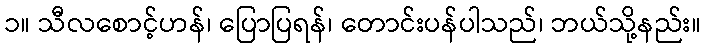
၁။ သီလစောင့်ဟန်၊ ပြောပြရန်၊ တောင်းပန်ပါသည်၊ ဘယ်သို့နည်း။